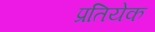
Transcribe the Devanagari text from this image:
प्रतियेक